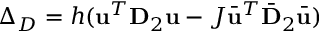
\Delta _ { D } = h ( \mathbf { u } ^ { T } \mathbf { D } _ { 2 } \mathbf { u } - J \bar { \mathbf { u } } ^ { T } \bar { \mathbf { D } } _ { 2 } \bar { \mathbf { u } } )